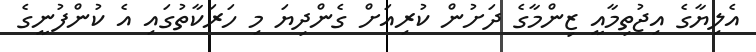
އެލިޔާގެ އިޖުތިމާއީ ޒިންމާގެ ދަށުން ކުރިއަށް ގެންދިޔަ މި ހަރަކާތުގައި އެ ކުންފުނީގެ